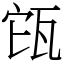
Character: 㼠